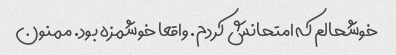
خوشحالم که امتحانش کردم. واقعا خوشمزه بود. ممنون